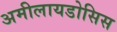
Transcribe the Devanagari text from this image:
अमीलायडोसिस